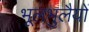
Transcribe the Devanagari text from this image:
भूलभुलैयों